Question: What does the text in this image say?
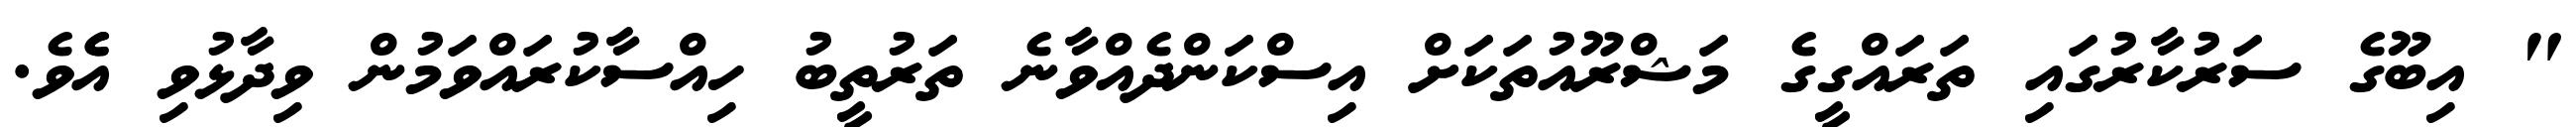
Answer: " އިބޫގެ ސަރުކާރުގައި ތަރައްގީގެ މަޝްރޫއުތަކަށް އިސްކަންދެއްވާނެ ތަރުތީބު ހިއްސާކުރައްވަމުން ވިދާޅުވި އެެވެ.